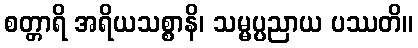
စတ္တာရိ အရိယသစ္စာနိ၊ သမ္မပ္ပညာယ ပဿတိ။